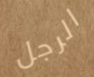
الرجل